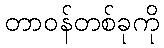
တာဝန်တစ်ခုကို